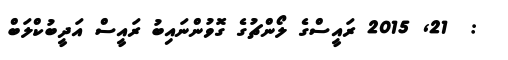
:  21